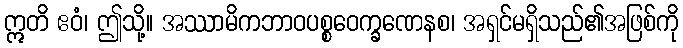
ဣတိ ဧဝံ၊ ဤသို့။ အဿာမိကဘာဝပစ္စဝေက္ခဏေနစ၊ အရှင်မရှိသည်၏အဖြစ်ကို